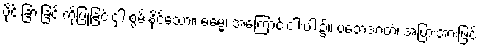
ပိုင်းခြားခြင်းကိုပြုခြင်းငှါ စွမ်းနိုင်သော။ ဓမ္မေ၊ အကြောင်းငါးပါး၌။ ပဘေဒဂတံ၊ အပြားအားဖြင့်